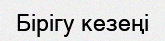
Бірігу кезеңі